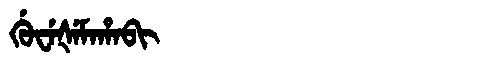
Manchu: ᡤᡠᠸᡝᡧᡝᠮᠠᡥᠠᠪᡳ
Romanization: GUWEŠEMAHABI